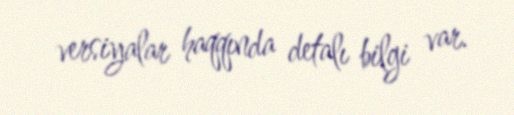
versiyalar haqqında detalı bilgi var.